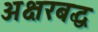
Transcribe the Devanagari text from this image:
अक्षरबद्ध